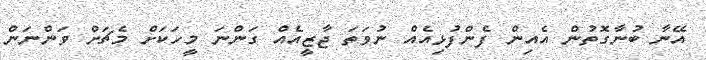
އޭނާ ބުނާގޮތުން އެއިން ފެންފުޅިއެއް ނުވަތަ ޖާޒީއެއް ގަންނަ މީހަކަށް މެޗަށް ވަންނަން